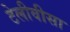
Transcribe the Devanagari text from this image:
टेलीवीसा